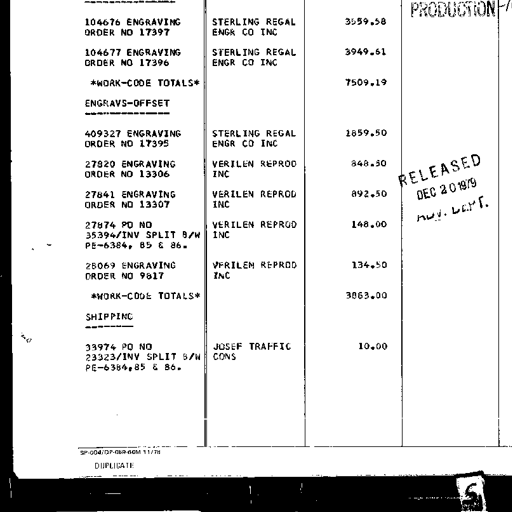
104676 ENGRAVING
ORDER NO 17397

104677 ENGRAVING
ORDER NO 17396

*WORK-CODE TOTALS*

ENGRAVS-OFFSET
--------------

409327 ENGRAVING
ORDER NO 17395

27820 ENGRAVING
ORDER NO 13306

27841 ENGRAVING
ORDER NO 13307

27874 PO NO
35394/INV SPLIT B/W
PE-6384, 85 & 86.

28069 ENGRAVING
ORDER NO 9817

*WORK-CODE TOTALS*

SHIPPING
--------

33974 PO NO
23323/INV SPLIT B/W
PE-6384, 85 & 86.

STERLING REGAL
ENGR CO INC

STERLING REGAL
ENGR CO INC

STERLING REGAL
ENGR CO INC

VERILEN REPROD
INC

VERILEN REPROD
INC

VERILEN REPROD
INC

VERILEN REPROD
INC

JOSEF TRAFFIC
CONS

3559.58

3949.61

7509.19

1859.50

848.50

892.50

148.00

134.50

3863.00

10.00

PRODUCTION

RELEASED
DEC 20 1979
ADV. DEPT.